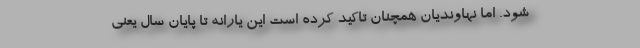
شود. اما نهاوندیان همچنان تاکید کرده است این یارانه تا پایان سال یعنی